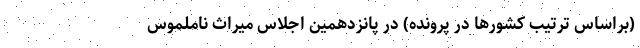
(براساس ترتیب کشورها در پرونده) در پانزدهمین اجلاس میراث ناملموس